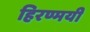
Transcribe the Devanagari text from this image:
हिरण्मयी